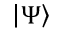
\left| \Psi \right\rangle